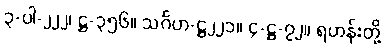
၃-ပါ-၂၂၂၊ ဋ္ဌ-၃၅၆။ သင်္ဂဟ-ဋ္ဌ၂၂၁။ ၄-ဋ္ဌ-၇၂။ ရဟန်းတို့